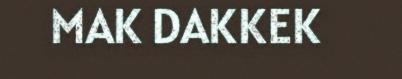
MAK DAKKEK